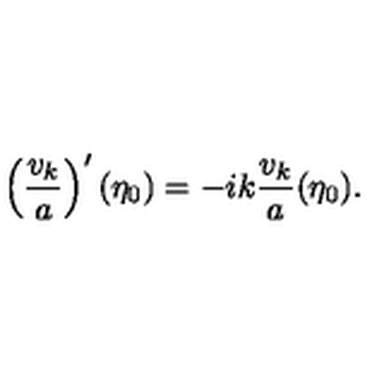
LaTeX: \left( \frac { v _ { k } } { a } \right) ^ { \prime } ( \eta _ { 0 } ) = - i k \frac { v _ { k } } { a } ( \eta _ { 0 } ) .